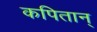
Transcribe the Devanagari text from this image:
कपितान्